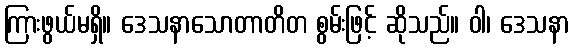
ကြားဖွယ်မရှိ။ ဒေသနာသောတာတိတ စွမ်းဖြင့် ဆိုသည်။ ဝါ၊ ဒေသနာ